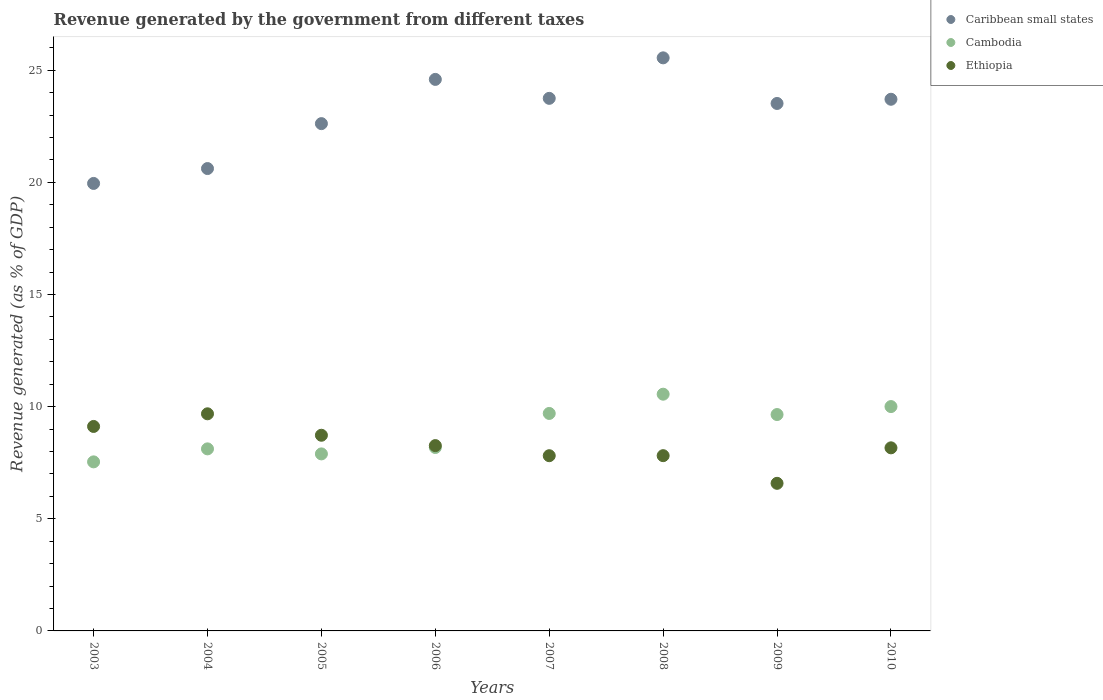
| Years | Caribbean small states | Cambodia | Ethiopia |
 | --- | --- | --- | --- |
 | 2003 | 20 | 7.54 | 9.12 |
 | 2004 | 20.6 | 8.12 | 9.68 |
 | 2005 | 22.6 | 7.89 | 8.72 |
 | 2006 | 24.6 | 8.18 | 8.26 |
 | 2007 | 23.7 | 9.7 | 7.81 |
 | 2008 | 25.6 | 10.6 | 7.81 |
 | 2009 | 23.5 | 9.65 | 6.58 |
 | 2010 | 23.7 | 10 | 8.16 |